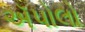
ઍપોલો